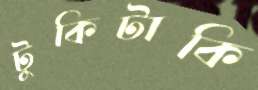
টুকিটাকি